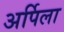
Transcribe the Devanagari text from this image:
अर्पिला